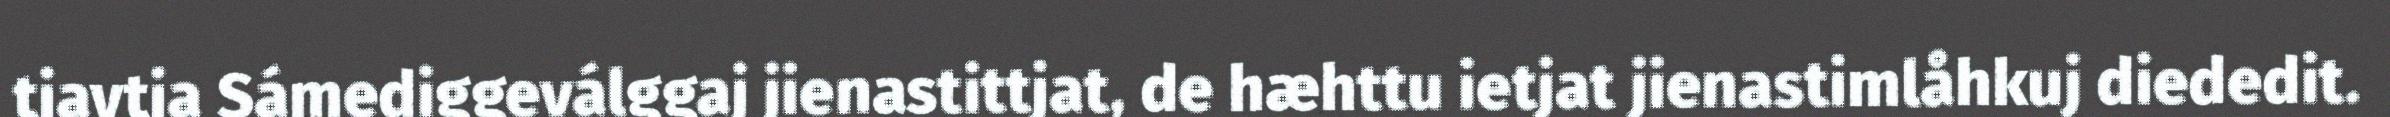
tjavtja Sámediggeválggaj jienastittjat, de hæhttu ietjat jienastimlåhkuj diededit.